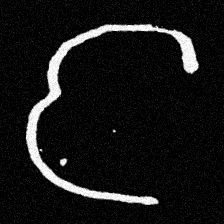
Pyu character \u2014 Myanmar letter: င (romanized: nga)